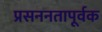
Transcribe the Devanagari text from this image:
प्रसननतापूर्वक